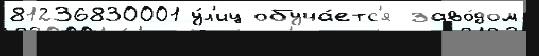
81236830001 у́л'иц обуча́етс'я заво́дом